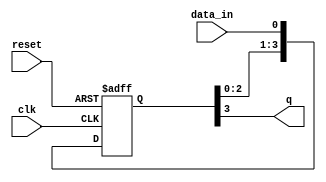
module four_flop_sync(
    input clk,
    input reset,
    input data_in,
    output reg q
);

reg [3:0] flip_flop;

always @(posedge clk or posedge reset) begin
    if (reset) begin
        flip_flop <= 0;
    end else begin
        flip_flop <= {flip_flop[2:0], data_in};
    end
end

assign q = flip_flop[3];

endmodule